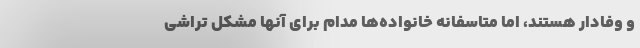
و وفادار هستند، اما متاسفانه خانواده‌ها مدام برای آنها مشکل تراشی